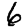
Digit: 6